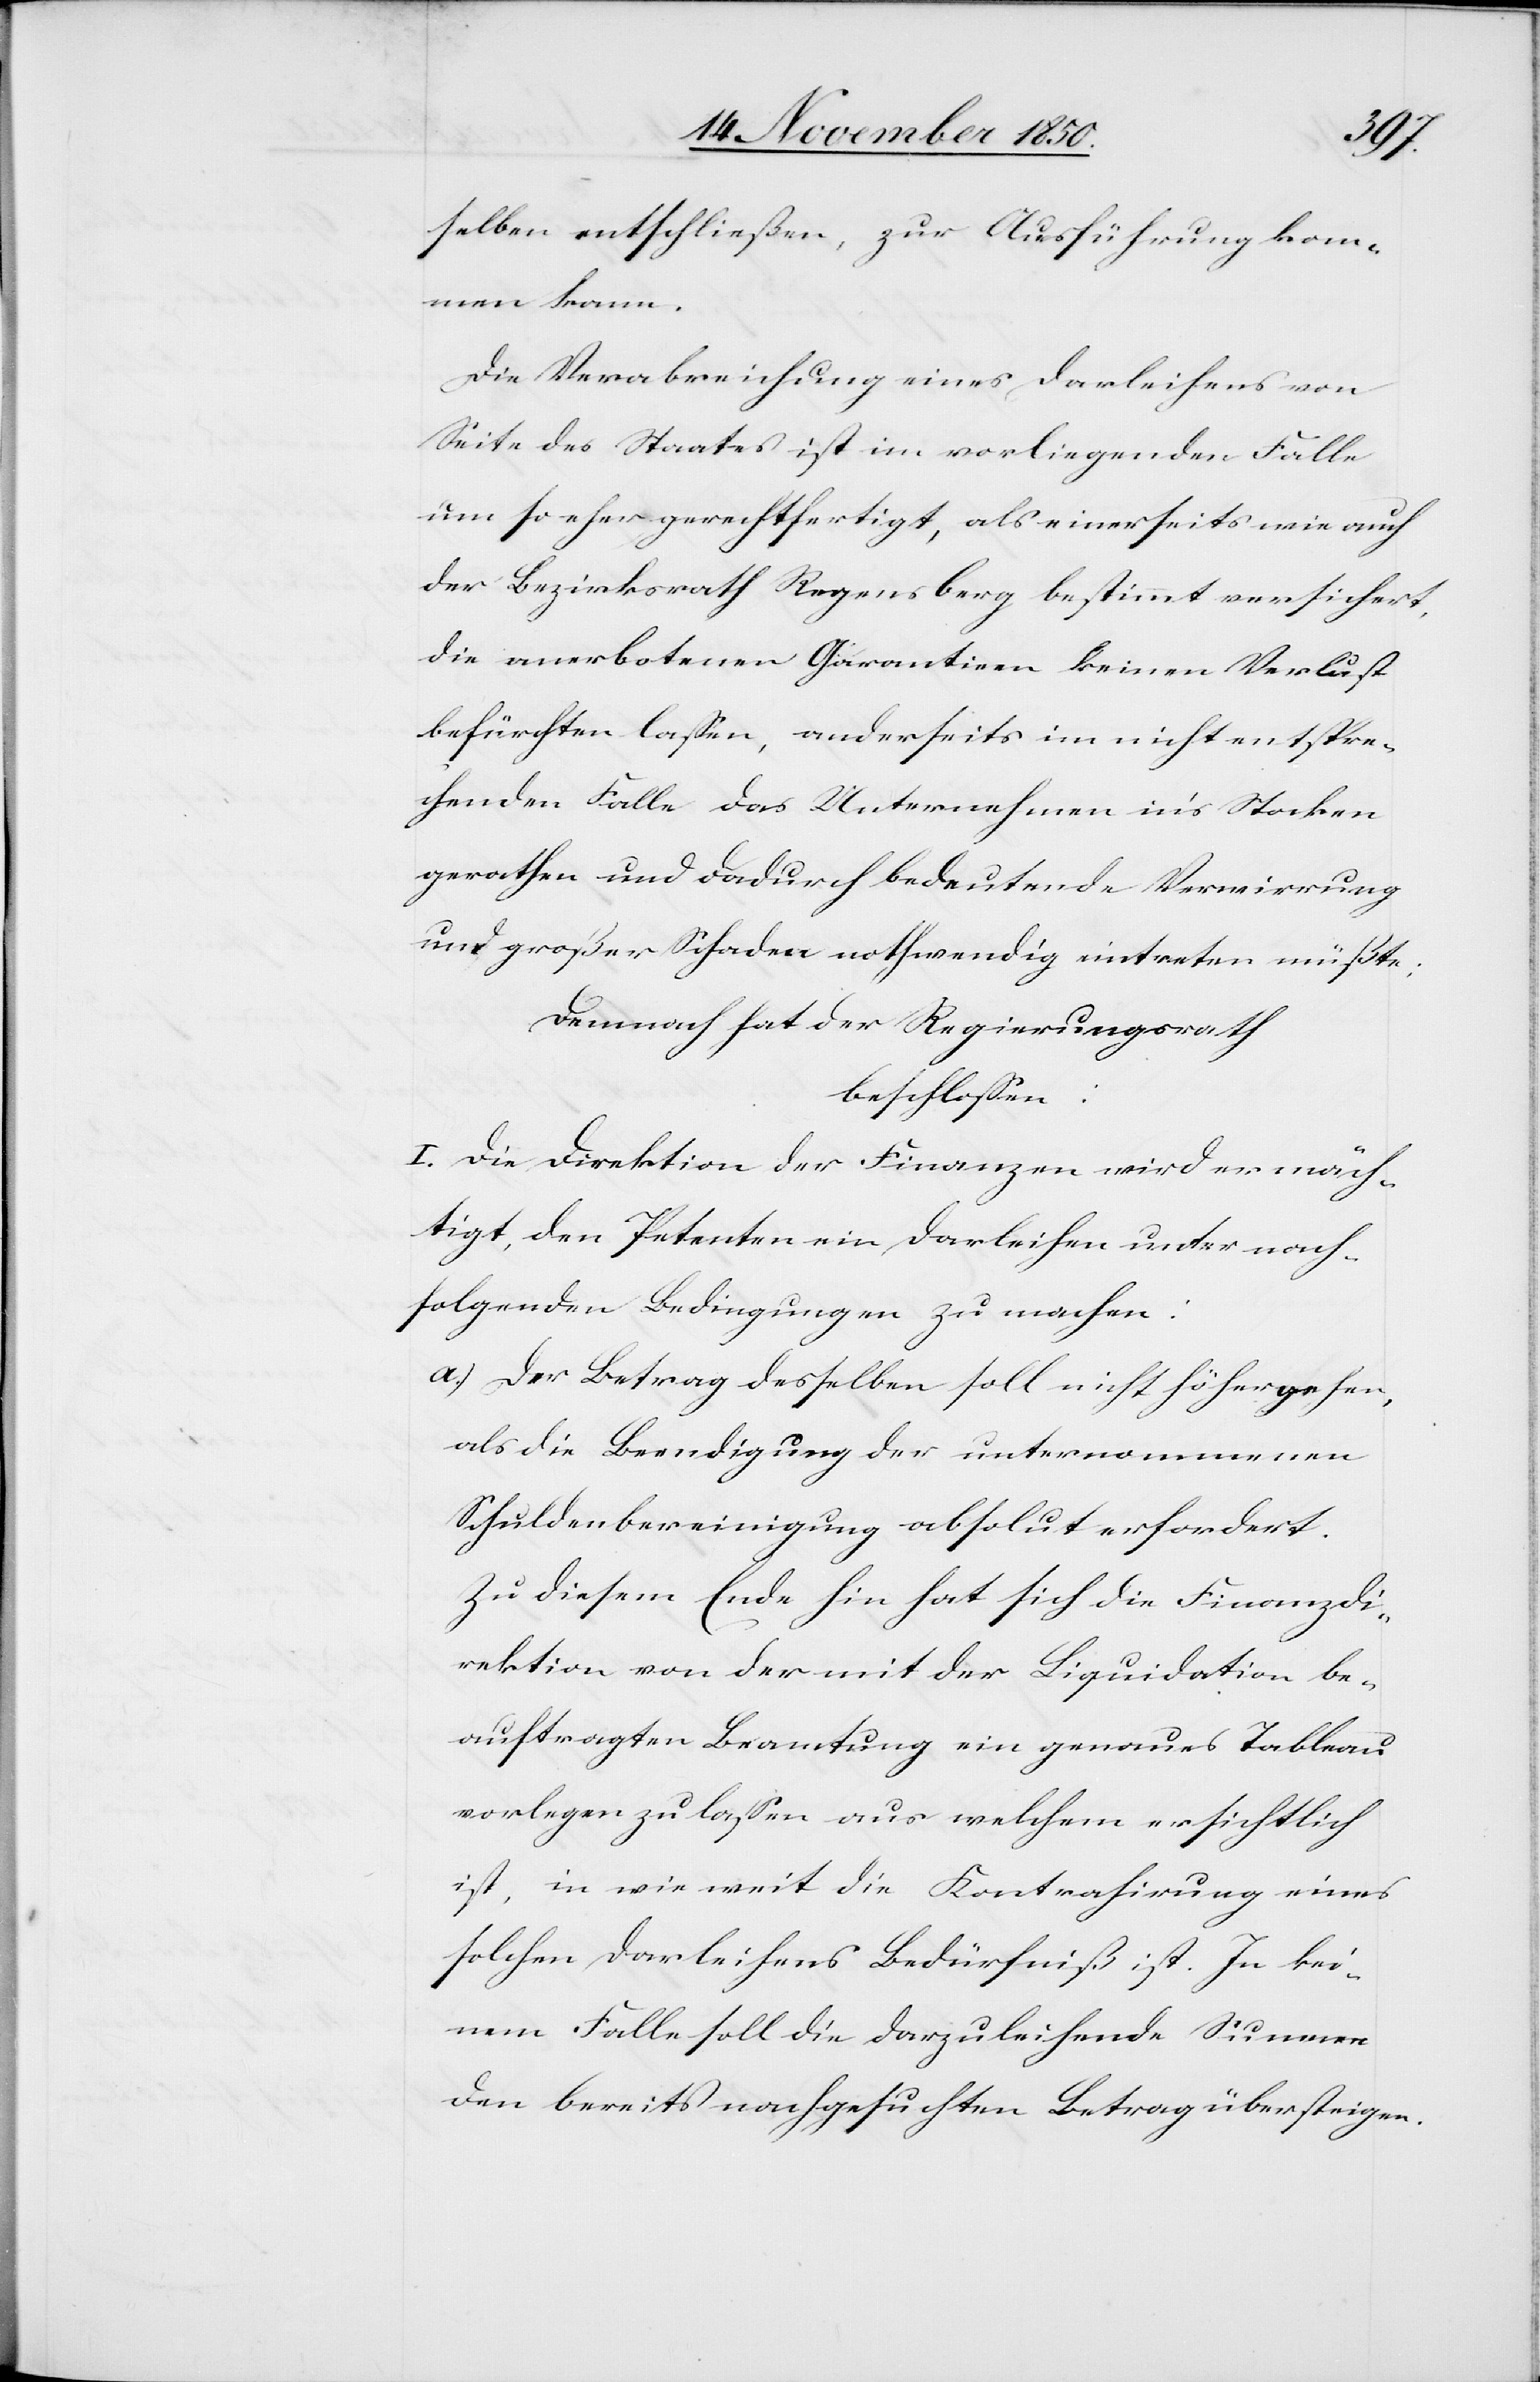
selben entschließen, zur Ausführung kom¬
men kann.
Die Verabreichung eines Darleihens von
Seite des Staates ist im vorliegenden Falle
um so eher gerechtfertigt, als einerseits wie auch
der Bezirksrath Regensberg bestimmt versichert,
die anerbotenen Garantieen [sic!] keinen Verlust
befürchten lassen, anderseits im nicht entspre¬
chenden Falle das Unternehmen in’s Stocken
gerathen und dadurch bedeutende Verwirrung
und großer Schaden nothwendig eintreten müßte;
Demnach hat der Regierungsrath
beschlossen:
I. Die Direktion der Finanzen wird ermäch¬
tigt, den Petenten ein Darleihen unter nach¬
folgenden Bedingungen zu machen:
a.) Der Betrag desselben soll nicht höher gehen
als die Beendigung der unternommenen
Schuldenbereinigung absolut erfordert.
Zu diesem Ende hin hat sich die Finanzdi¬
rektion von der mit der Liquidation be¬
auftragten Beamtung ein genaues Tableau
vorlegen zu lassen aus welchem ersichtlich
ist, in wie weit die Kontrahirung eines
solchen Darleihens Bedürfniß ist. In kei¬
nem Falle soll die Darzuleihende Summe
den bereits nachgesuchten Betrag übersteigen.